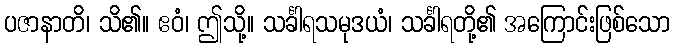
ပဇာနာတိ၊ သိ၏။ ဧဝံ၊ ဤသို့။ သင်္ခါရသမုဒယံ၊ သင်္ခါရတို့၏ အကြောင်းဖြစ်သော